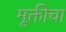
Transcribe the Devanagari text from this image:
मूक्तीचा